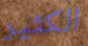
الكثير